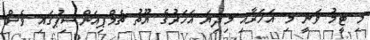
މި ޓީމު ވަނީ މި އަހަރާއި މިދިޔަ އަހަރުގެ ޔޫތު ޗެމްޕިއަންޝިޕުގައި ވެސް